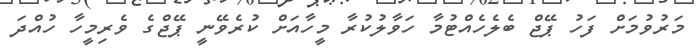
މަރުވުމަށް ފަހު ޕޭޖް ބެލެހެއްޓުމާ ހަވާލުކުރާ މީހާއަށް ކުރެވޭނީ ޕޭޖްގެ ވެރިމީހާ ހުއްދަ